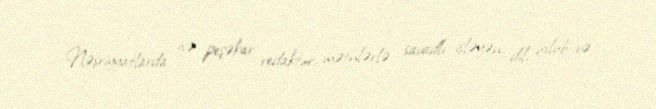
Nəşriyyatlarda isə peşəkar redaktor, mətnlərlə savadlı işləyən, dil, üslub və